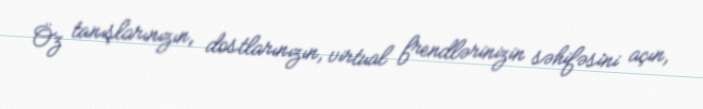
Öz tanışlarınızın, dostlarınızın, virtual frendlərinizin səhifəsini açın,